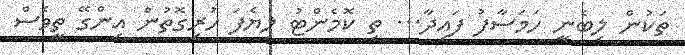
ތަކުން ލިބެނީ ހަމަސާފު ފައިދާ... ތި ކޮމެންޓު ލިޔެފަ ހުރިގޮތުން އިންގޭ ތީވެސް